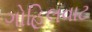
ગોહિલવાટ